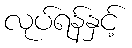
လုပ်ရန်နှင့်